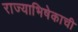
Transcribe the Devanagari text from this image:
राज्याभिषेकाची